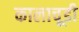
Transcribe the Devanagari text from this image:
कालाचूडी